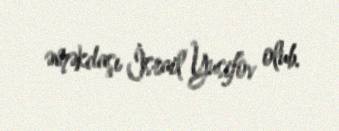
əməkdaşı İsrail Yusifov olub.